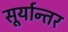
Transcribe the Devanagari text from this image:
सूर्यान्तर